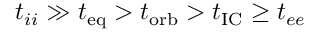
t _ { i i } \gg t _ { \mathrm { e q } } > t _ { \mathrm { o r b } } > t _ { \mathrm { I C } } \geq t _ { e e }